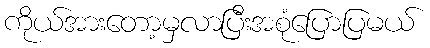
ကိုယ်အားတော့မှလာပြီးအစုံပြောပြမယ်